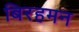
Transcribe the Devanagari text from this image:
बिरहमन